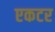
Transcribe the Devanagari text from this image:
एकटर